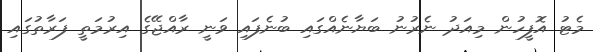
މެޓު އޮފީހުން މިއަދު ނެރުނު ބަޔާނެއްގައި ބުނެފައި ވަނީ ރާއްޖޭގެ އިރުމަތީ ފަރާތުގައި